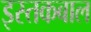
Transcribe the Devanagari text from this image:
इस्तकबाल